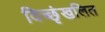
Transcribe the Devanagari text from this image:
विच्छृंखलित